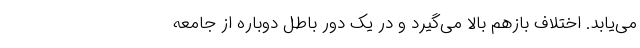
می‌یابد. اختلاف بازهم بالا می‌گیرد و در یک دور باطل دوباره از جامعه